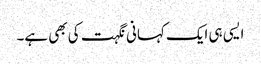
ایسی ہی ایک کہانی نگہت کی بھی ہے۔